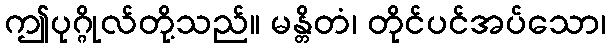
ဤပုဂ္ဂိုလ်တို့သည်။ မန္တိတံ၊ တိုင်ပင်အပ်သော၊